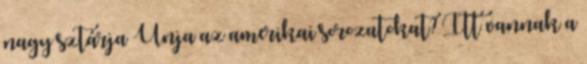
nagy sztárja Unja az amerikai sorozatokat? Itt vannak a